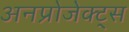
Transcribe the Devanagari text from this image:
अनप्रोजेक्ट्स